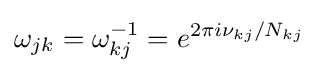
\omega _{jk}=\omega _{kj}^{-1}=e^{2\pi i\nu _{kj}/N_{kj}}